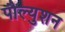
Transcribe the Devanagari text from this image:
पौल्युशन